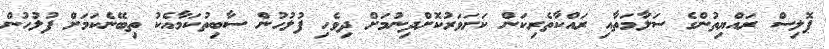
ޕޮލިސް ރައްޔިތުންގެ ސަލާމަތާއި ރައްކާތެރިކަން ކަށަވަރުކޮށްދިނުމަށް ދިވެހި ފުލުހުން ސާބިތުކަމާއެކު ތިބޭނެކަމަށް ފުލުހުން